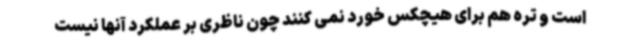
است و تره هم برای هیچکس خورد نمی کنند چون ناظری بر عملکرد آنها نیست